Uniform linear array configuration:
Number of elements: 12
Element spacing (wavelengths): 0.5
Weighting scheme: binomial
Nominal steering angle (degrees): -60
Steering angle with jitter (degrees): -58.447
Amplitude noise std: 0.05
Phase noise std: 0.05

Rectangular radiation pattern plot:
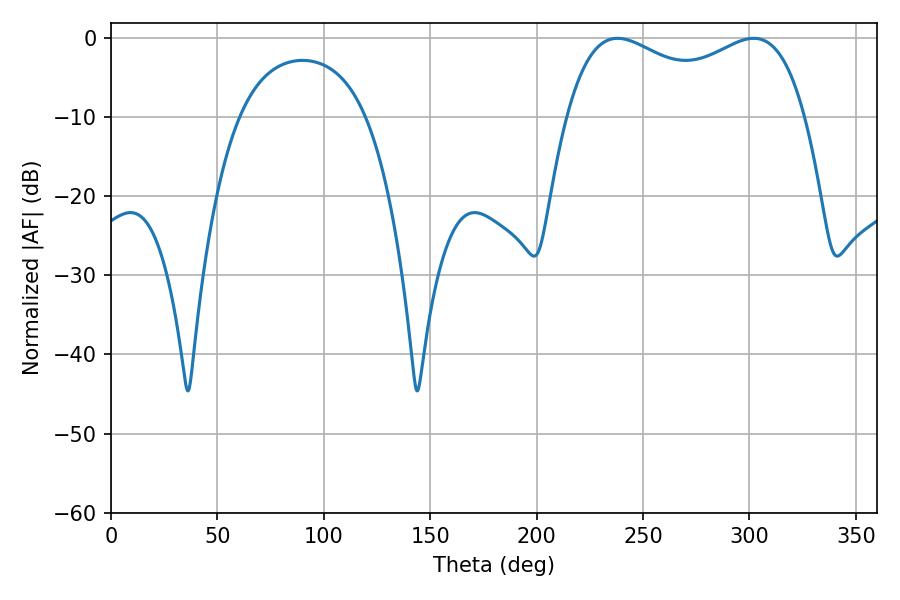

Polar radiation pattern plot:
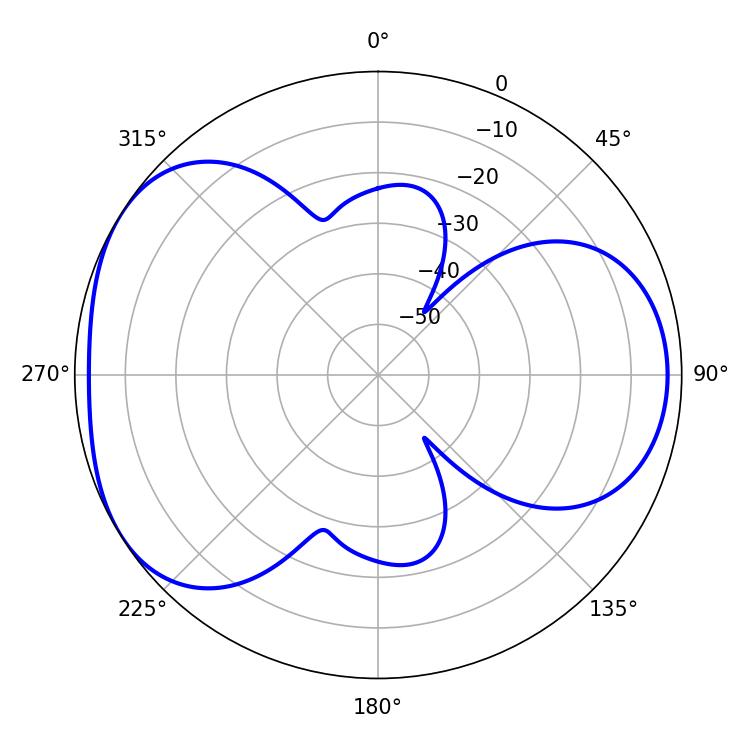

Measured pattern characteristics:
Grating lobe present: FALSE
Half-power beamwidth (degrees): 92.52
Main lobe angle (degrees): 237.96